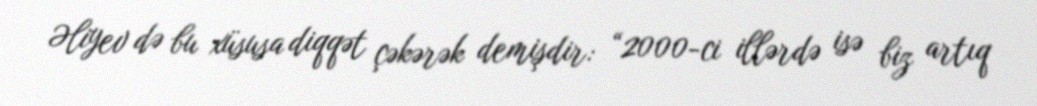
Əliyev də bu xüsusa diqqət çəkərək demişdir: “2000-ci illərdə isə biz artıq